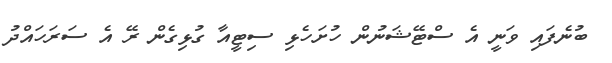
ބުނެފައި ވަނީ އެ ސްޓޭޝަނުން ހުށަހެޅި ސިޓީއާ ގުޅިގެން ރޭ އެ ސަރަހައްދު